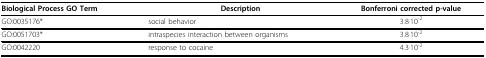
<table><thead><tr><td><b>Biological Process GO Term</b></td><td><b>Description</b></td><td><b>Bonferroni corrected p-value</b></td></tr></thead><tbody><tr><td>GO:0035176*</td><td>social behavior</td><td>3.8·10<sup>-2</sup></td></tr><tr><td>GO:0051703*</td><td>intraspecies interaction between organisms</td><td>3.8·10<sup>-2</sup></td></tr><tr><td>GO:0042220</td><td>response to cocaine</td><td>4.3·10<sup>-2</sup></td></tr></tbody></table>